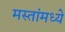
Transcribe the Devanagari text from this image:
मस्तांमध्ये